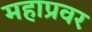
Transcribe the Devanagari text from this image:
महाप्रवर